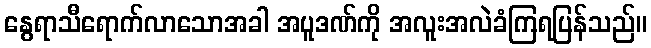
နွေရာသီရောက်လာသောအခါ အပူဒဏ်ကို အလူးအလဲခံကြရပြန်သည်။